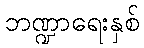
ဘဏ္ဍာရေးနှစ်